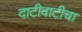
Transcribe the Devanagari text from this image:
दाटीवाटीचा